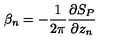
\beta _ { n } = - \frac { 1 } { 2 \pi } \frac { \partial S _ { P } } { \partial z _ { n } }